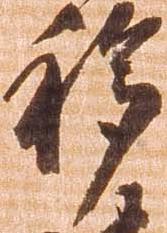
移